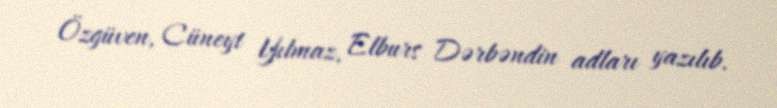
Özgüven, Cüneyt Yılmaz, Elburs Dərbəndin adları yazılıb.